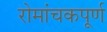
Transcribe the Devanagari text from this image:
रोमांचकपूर्ण